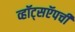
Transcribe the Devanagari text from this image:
व्हॉट्सऍपची